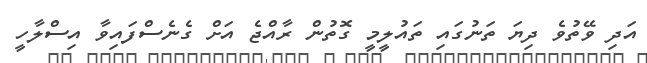
އަދި ވޭތުވެ ދިޔަ ތަނުގައި ތައުލީމީ ގޮތުން ރާއްޖެ އަށް ގެނެސްފައިވާ އިސްލާހީ